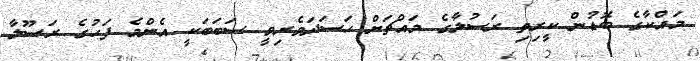
މައްކާގެ ބޮޑުން ކީރިތި ރަސުލާގެ މައްޗަށް ޙަސަދަވެރިވީ ސަބަބަކީ އެންމެ ފަހުގެ ރަސޫލާ